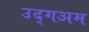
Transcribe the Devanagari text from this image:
उद्गअम